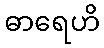
ဓာရေဟိ